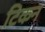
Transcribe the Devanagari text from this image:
टिकन